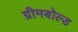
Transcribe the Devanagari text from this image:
ग्रीमबोल्ड